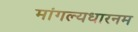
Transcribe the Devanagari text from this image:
मांगल्यधारनम